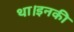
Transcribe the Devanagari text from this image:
था।इनकी